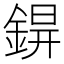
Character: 𨨊